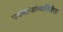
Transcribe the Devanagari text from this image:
पक्वांनांव्यतिरिक्त